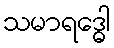
သမာရဒ္ဓေါ